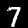
Label: 7